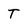
Character: T